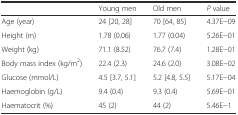
<table><thead><tr><td></td><td><b>Young men</b></td><td><b>Old men</b></td><td><b><i>P</i> value</b></td></tr></thead><tbody><tr><td>Age (year)</td><td>24 [20, 28]</td><td>70 [64, 85]</td><td>4.37E−09</td></tr><tr><td>Height (m)</td><td>1.78 (0.06)</td><td>1.77 (0.04)</td><td>5.26E−01</td></tr><tr><td>Weight (kg)</td><td>71.1 (8.52)</td><td>76.7 (7.4)</td><td>1.28E−01</td></tr><tr><td>Body mass index (kg/m<sup>2</sup>)</td><td>22.4 (2.3)</td><td>24.6 (2.0)</td><td>3.08E−02</td></tr><tr><td>Glucose (mmol/L)</td><td>4.5 [3.7, 5.1]</td><td>5.2 [4.8, 5.5]</td><td>5.17E−04</td></tr><tr><td>Haemoglobin (g/L)</td><td>9.4 (0.4)</td><td>9.3 (0.4)</td><td>5.69E−01</td></tr><tr><td>Haematocrit (%)</td><td>45 (2)</td><td>44 (2)</td><td>5.46E−1</td></tr></tbody></table>